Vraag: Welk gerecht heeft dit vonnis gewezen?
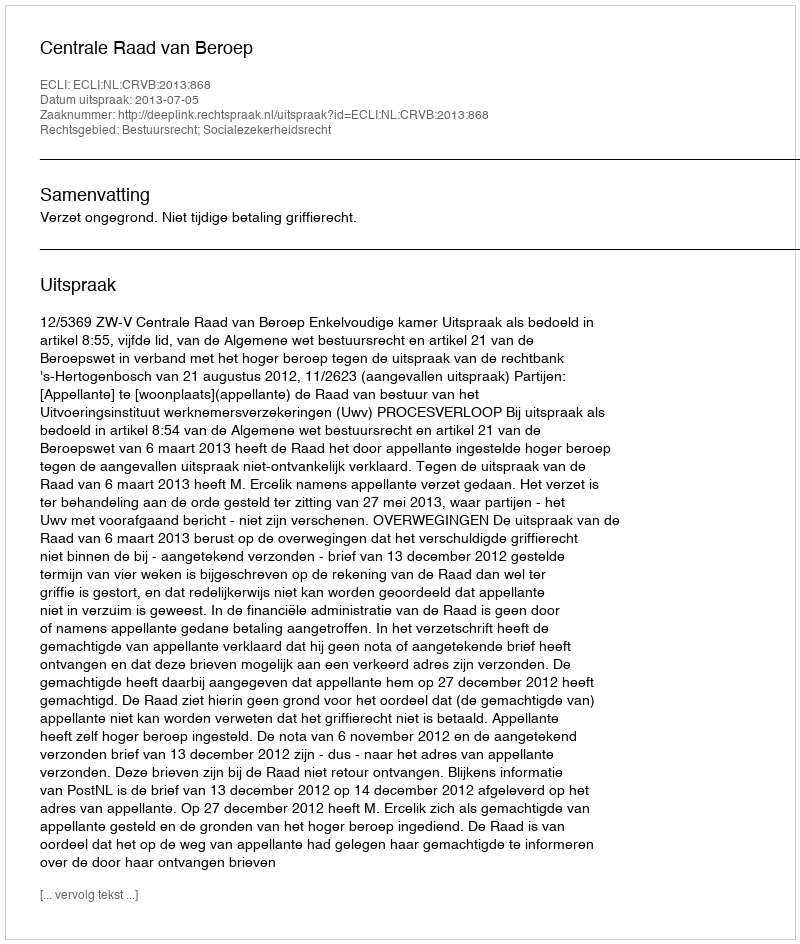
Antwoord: Centrale Raad van Beroep